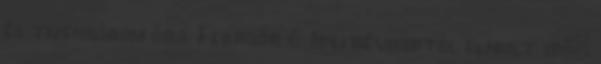
és tizenhárom óra. Február 6. Idei névnaptól elmult idő: